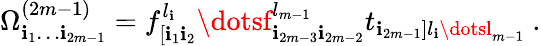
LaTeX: \Omega_{\mathbf{i}_{1}\dots\mathbf{i}_{2m-1}}^{(2m-1)}=f_{[\mathbf{i}_{1}\mathbf{i}_{2}}^{l_{\mathbf{i}}}\dotsf_{\mathbf{i}_{2m-3}\mathbf{i}_{2m-2}}^{l_{m-1}}t_{\mathbf{i}_{2m-1}]l_{\mathbf{i}}\dotsl_{m-1}}\ .